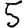
Digit: 5